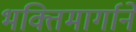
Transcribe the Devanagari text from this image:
भक्तिमार्गाने